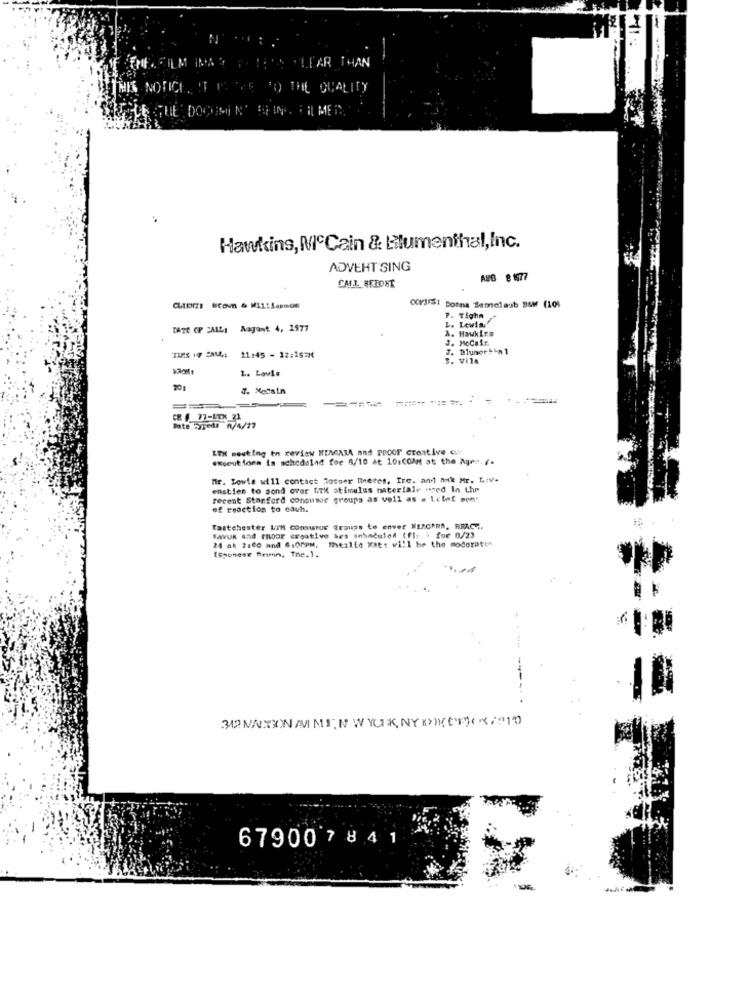
FILM IMAS F. HE'S CLEAR THAN
TTHIS NOTICE. IT PRICE SO THE QUALITY
DOOUMIN CHIN FILMER
Hawkins, McCain & Blumenthal,Inc.
ADVEHT SING
CALL HERONT
AVG 8 1977
CLIENTE ECOVn & #111148con
corJrs: Donna Seprolaub BSM (101
P. Tigha
L. Lewis."
DATE CP FAILI Nagant 4, 1977
A. Hawkins
J. MoCair
J. Bluner In 1
TIFS 17 2MM4: 11:45 - 12:157M
3. Vill
1. Lavie
201
J. Mccain
Date zyreds n/4/27
LTX meeting to review NEMGAMA and Poor creative eu-
exceutform is scheduled for 4/10 at 10:COMM at the Ager. f.
Mr. Sowie will contact losser Dretes, Irc. and nak Mr. Liv-
enstien to send over ITH stimulus materiale "red In the
recent Stanford consumoe groups as well as . Letaf sem'
of reaction to cauh.
Eastchester LTM consumus Troups to enver MERchRA, HRAC".
Savun and rnoor creative bes scheduled (fl: \ for 0/23
24 ak 2:00 and 6:00PM. thealte kat: will be the moderaten
(ponese firmin, Tne.).
679007841